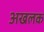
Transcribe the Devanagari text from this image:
अखलक